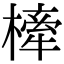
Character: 㯠